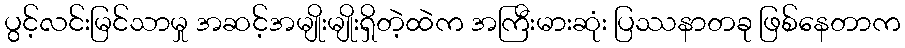
ပွင့်လင်းမြင်သာမှု အဆင့်အမျိုးမျိုးရှိတဲ့ထဲက အကြီးမားဆုံး ပြဿနာတခု ဖြစ်နေတာက